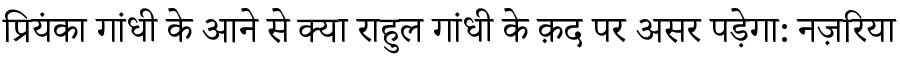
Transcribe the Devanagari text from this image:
प्रियंका गांधी के आने से क्या राहुल गांधी के क़द पर असर पड़ेगा: नज़रिया